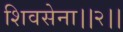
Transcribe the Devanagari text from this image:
शिवसेना।।२।।